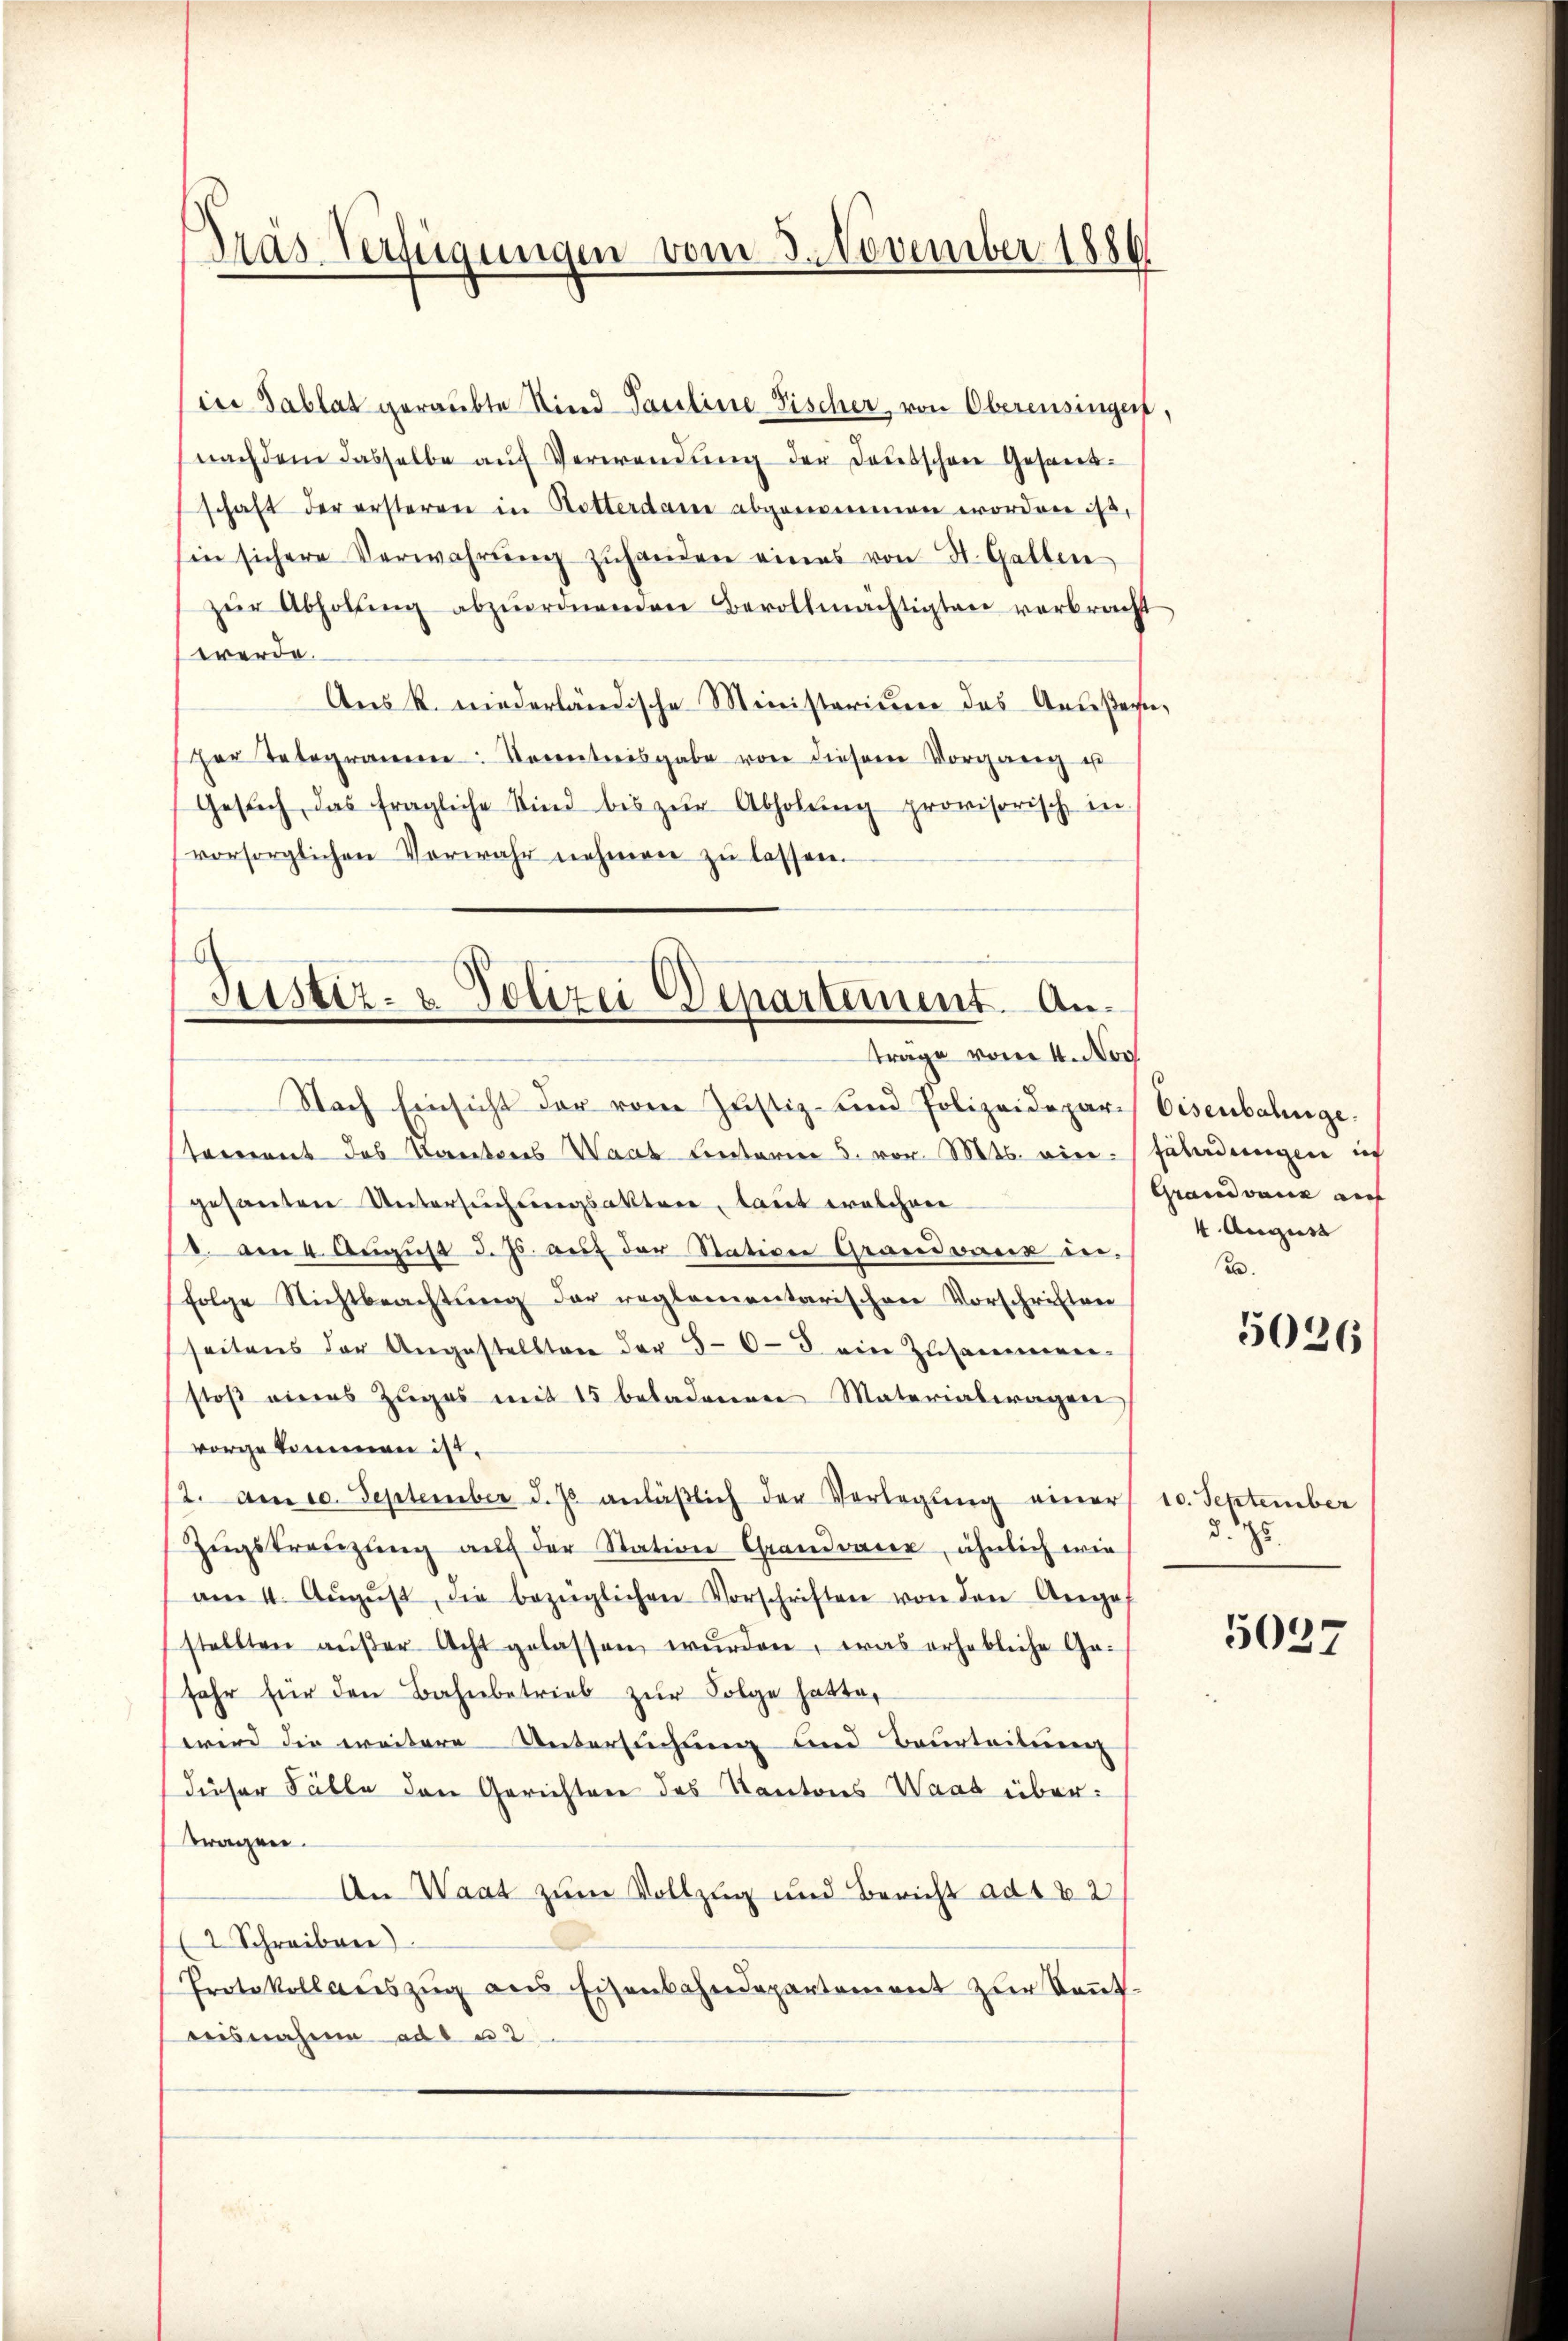
Träs-Verfügungen vom 3. November 1886

in Tablat geraubte Sind Pauline Fischer, von Oberensingen
nachdem dasselbe aŭf Verwendŭng der Todesschen Gesandschaft der ersteren in Rotterdame abgenommen worden ist,
in sichere Verwahrŭng zŭhanden eines von St. Gatten
zŭr Abholung abzuordnenden Bevollmächtigten verbracht
werde.
Aus k. niederländische Ministerium das Anwesen.
her Telegramen Kenntnisgabe von diesem Vorgang u
Gesŭch, das fragliche Kind bis zŭr Abholŭng provisorisch in
vorsorglichen Verwahr nehmen zu lassen.

Justiz- & Polizei Departement. Anträge vom 4. Nov

Nach Einsicht der vom Justiz- und Polizeidepar- Eisenbahngestement des Kantones Waas Centarie 3. vor. Mts. wiegesanten Untersuchungsaktere, laut welchen
8. Am 4. August d. Js. auf der Stative Grandvanz in¬
(folge Nichtbeachtŭng der reglementarischen Vorschriften
seitens der Angestellten der 508 ein Zusammen-
stoß eines Zuges mit 15 beladenen Materialeragen
vorgekommen ist.
(2. Am 10. September d. Js. anläβlich der Verlegung einer
Zŭgskreuzung auf der Station Grandvarer, ähnlich wie
am 4. Aŭgŭst, die bezüglichen Vorschriften von den Arga
stellten aŭβer Acht gelassen wŭrden, was erhebliche Ge-
sehr für den Bahnbetrieb zur Folge hatte,
wird die weitere Untersuchung und Beurteilung
dieser Fälle den Gerichten des Kantons Waat übertragen.
An Waat zum Vollzug und Bericht ad 182
2 Schreiben
Protokollaŭszŭg ans Eisenbahndepartement zŭr Keṅt-
deisnahme ad 32

fäladungen ich
Grandvanz auf
4 August
20.

5026

10. September
d. 5.

5037